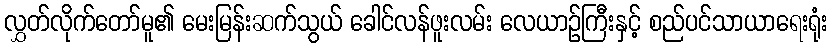
လွှတ်လိုက်တော်မူ၏ မေးမြန်းဆက်သွယ် ခေါင်လန်ဖူးလမ်း လေယာဉ်ကြီးနှင့် စည်ပင်သာယာရေးရုံး